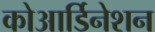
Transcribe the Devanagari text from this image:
कोआर्डिनेशन